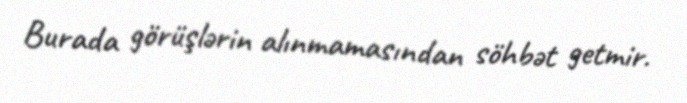
Burada görüşlərin alınmamasından söhbət getmir.